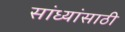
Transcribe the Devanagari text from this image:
सांध्यांसाठी